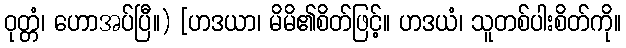
ဝုတ္တံ၊ ဟောအပ်ပြီ။) [ဟဒယာ၊ မိမိ၏စိတ်ဖြင့်။ ဟဒယံ၊ သူတစ်ပါးစိတ်ကို။